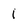
Character: 1